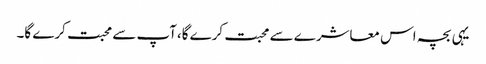
یہی بچہ اس معاشرے سے محبت کرے گا،آپ سے محبت کرے گا۔